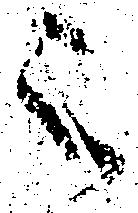
之